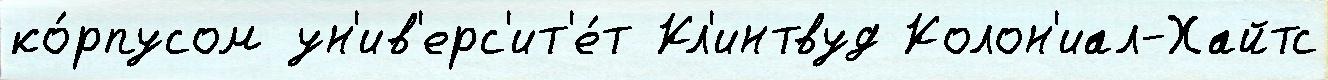
ко́рпусом ун'ив'ерс'ит'е́т Кл'интвуд Колон'иал-Хайтс